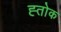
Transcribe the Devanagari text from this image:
ह्तोक